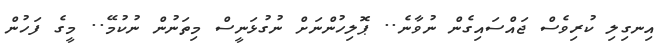
އިނގިލި ކުރިވެސް ޖައްސައިގެން ނުވާނެ.. ޕޮލިހުންނަށް ނުގުޅަނީސް މިތަނުން ނުކުމޭ.. މީގެ ފަހުން